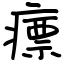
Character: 瘭